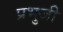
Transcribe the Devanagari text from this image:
प्रभुजी